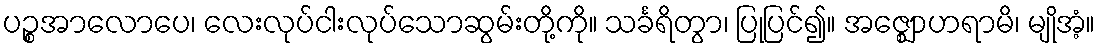
ပဉ္စအာလောပေ၊ လေးလုပ်ငါးလုပ်သောဆွမ်းတို့ကို။ သင်္ခရိတွာ၊ ပြုပြင်၍။ အဇ္ဈောဟရာမိ၊ မျိုအံ့။